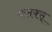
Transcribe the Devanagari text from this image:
फ्लक्स्